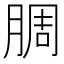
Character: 𬛅